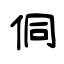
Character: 侗